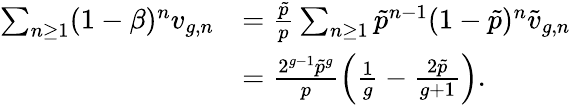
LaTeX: \begin{array}{rl}{\sum_{n\geq 1}(1-\beta)^{n}v_{g,n}}&{=\frac{\tilde{p}}{p}\sum_{n\geq 1}\tilde{p}^{n-1}(1-\tilde{p})^{n}\tilde{v}_{g,n}}\\ &{=\frac{2^{g-1}\tilde{p}^{g}}{p}\left(\frac{1}{g}-\frac{2\tilde{p}}{g+1}\right).}\end{array}